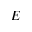
E